Plague in India, 1896, 1897 - Volume 2
Year: 1896
Disease focus: Plague
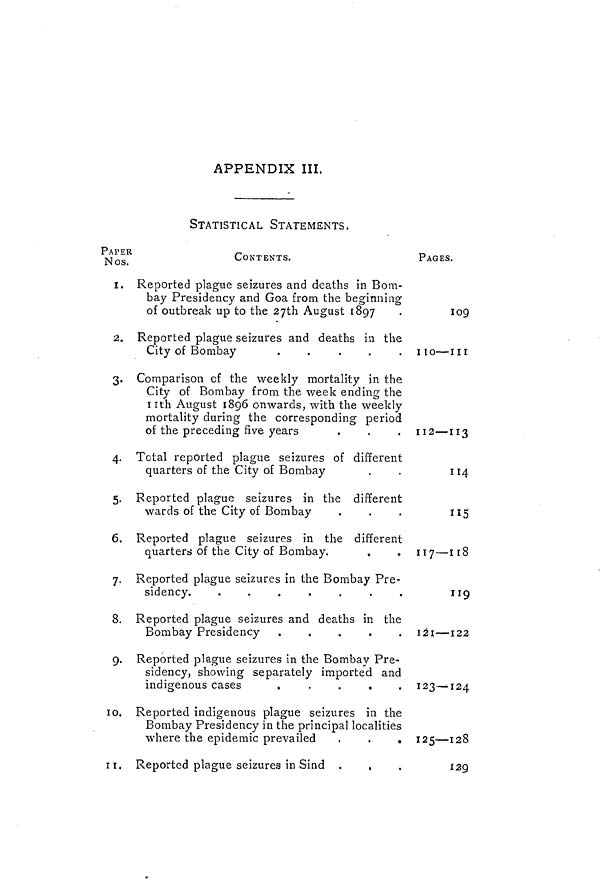
APPENDIX III.
STATISTICAL STATEMENTS.
PAPER
Nos.
CONTENTS.
PAGES.
1. Reported plague seizures and deaths in Bom-
bay Presidency and Goa from the beginning
of outbreak up to the 27th August 1897
•
109
2. Reported plague seizures and deaths in the
City of Bombay
.
.
.
.
. 110—111
3. Comparison cf the weekly mortality in the
City of Bombay from the week ending the
11th August 1896 onwards, with the weekly
mortality during the corresponding period
of the preceding five years
.
.
. 112—113
4. Total reported plague seizures of different
quarters of the City of Bombay
.
114
5. Reported plague seizures in the different
wards of the City of Bombay
.
.
.
115
6. Reported plague seizures in the different
quarters of the City of Bombay.
.
. 117—118
7. Reported plague seizures in the Bombay Pre-
sidency.
.
.
.
.
.
.
.
119
8. Reported plague seizures and deaths in the
Bombay Presidency .
.
.
.
. 121—122
9. Reported plague seizures in the Bombay Pre-
sidency, showing separately imported and
indigenous cases
.
.
.
.
. 123—124
10. Reported indigenous plague seizures in the
Bombay Presidency in the principal localities
where the epidemic prevailed
.
.
. 125—128
11. Reported plague seizures in Sind .
,
.
129